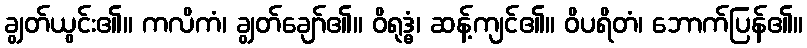
ချွတ်ယွင်း၏။ ကလိကံ၊ ချွတ်ချော်၏။ ဝိရုဒ္ဓံ၊ ဆန့်ကျင်၏။ ဝိပရိတံ၊ ဘောက်ပြန်၏။